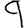
Digit: 9